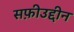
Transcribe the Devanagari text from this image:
सफ़ीउद्दीन